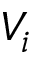
V _ { i }